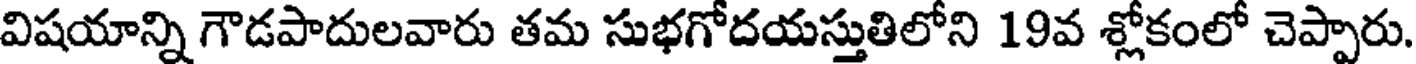
విషయాన్ని గౌడపాదులవారు తమ సుభగోదయస్తుతిలోని 19వ శ్లోకంలో చెప్పారు